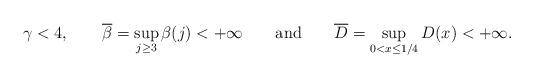
LaTeX: \begin{align*}\gamma<4,\qquad\overline{\beta}=\sup_{j\ge3}\beta(j)<+\infty\qquad\mbox{and}\qquad\overline{D}=\sup_{0<x\le1/4}D(x)<+\infty.\end{align*}